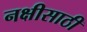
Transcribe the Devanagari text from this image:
नक्षीसाठी